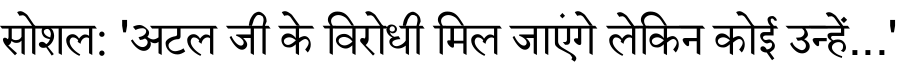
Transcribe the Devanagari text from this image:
सोशल: 'अटल जी के विरोधी मिल जाएंगे लेकिन कोई उन्हें...'